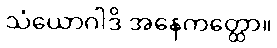
သံယောဂါဒိ အနေကတ္ထော။